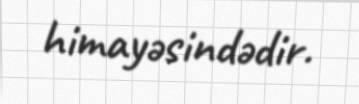
himayəsindədir.